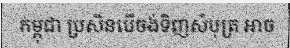
កម្ពុជា ប្រសិនបើចង់ទិញសំបុត្រ អាច